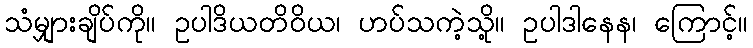
သံမျှားချိပ်ကို။ ဥပါဒိယတိဝိယ၊ ဟပ်သကဲ့သို့။ ဥပါဒါနေန၊ ကြောင့်။